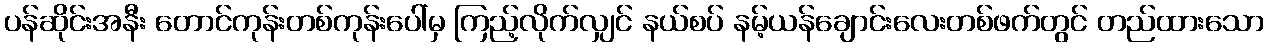
ပန်ဆိုင်းအနီး တောင်ကုန်းတစ်ကုန်းပေါ်မှ ကြည့်လိုက်လျှင် နယ်စပ် နမ့်ယန်ချောင်းလေးတစ်ဖက်တွင် တည်ထားသော